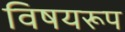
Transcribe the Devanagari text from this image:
विषयरूप